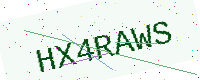
Text: HX4RAWS